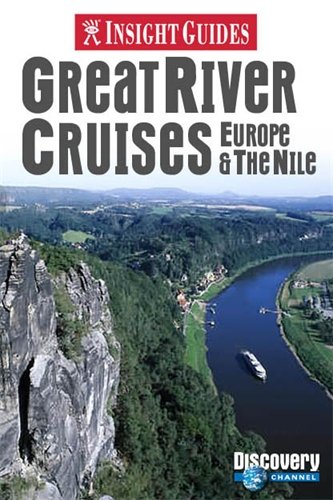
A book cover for Great River Cruises: Europe & the Nile (Insight Guide Great River Cruises: Europe & the Nile); Travel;